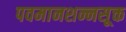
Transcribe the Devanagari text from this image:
पवमानशन्नसूक्त